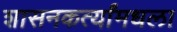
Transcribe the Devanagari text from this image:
शासनकर्त्यांमधला